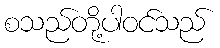
စသည်တို့ပါဝင်သည်